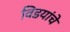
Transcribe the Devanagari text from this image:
विडयांचे